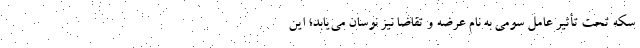
سکه تحت تأثیر عامل سومی به نام عرضه و تقاضا نیز نوسان می‌یابد؛ این